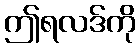
ဤရလဒ်ကို